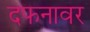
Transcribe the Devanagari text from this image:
दफनावर